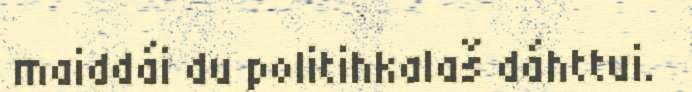
maiddái du politihkalaš dáhttui.